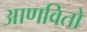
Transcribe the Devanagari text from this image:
आणवितो